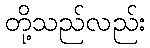
တို့သည်လည်း